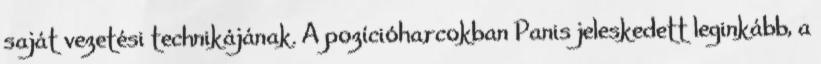
saját vezetési technikájának. A pozícióharcokban Panis jeleskedett leginkább, a